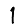
Digit: 1